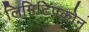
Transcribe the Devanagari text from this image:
लिमिटिपकोन